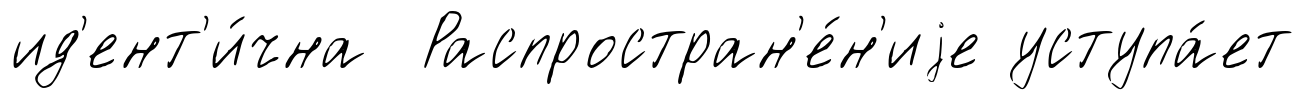
ид'ент'и́чна Распростран'е́н'иjе уступа́ет